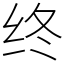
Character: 终